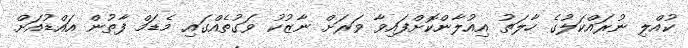
ކުއްލި ނުރައްކަލުގެ ހާލަތު އިއުލާންކޮށްފައިވާ ވަރަށް ނާޒުކު ވަގުތެއްގައި މެޑަމް ފާތުން އައްޑުއަށް